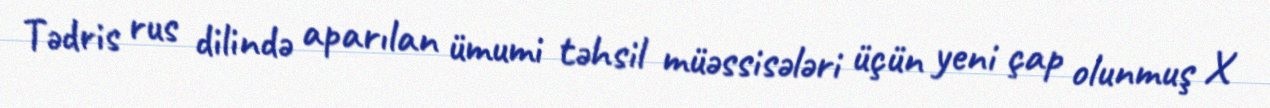
Tədris rus dilində aparılan ümumi təhsil müəssisələri üçün yeni çap olunmuş X